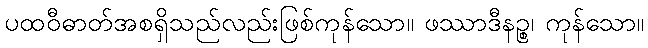
ပထဝီဓာတ်အစရှိသည်လည်းဖြစ်ကုန်သော။ ဖဿာဒီနဉ္စ၊ ကုန်သော။